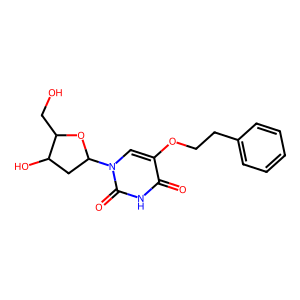
SMILES: O=c1[nH]c(=O)n(C2CC(O)C(CO)O2)cc1OCCc1ccccc1
Inhibits HIV replication: No